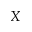
X